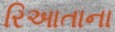
રિઆતાના